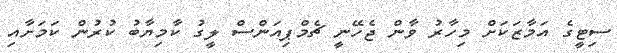
ސިޓީގެ އަމާޒަކަށް މިހާރު ވާން ޖެހޭނީ ޗެމްޕިއަންސް ލީގު ކާމިޔާބު ކުރުން ކަމަށާއި